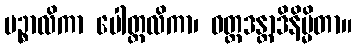
ပဉ္စာလိကာ ပေါတ္ထလိကာ၊ ဝတ္ထဒန္တာဒိနိမ္မိတာ။